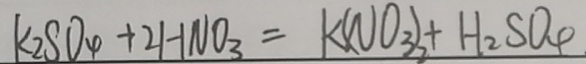
k _ { 2 } S O _ { 4 } + 2 H N O _ { 3 } = k ( N O _ { 3 } ) _ { 2 } + H _ { 2 } S O _ { 4 }